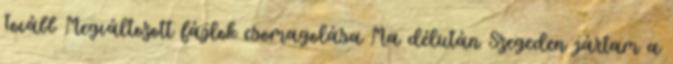
Tovább Megváltozott fájlok csomagolása Ma délután Szegeden jártam a